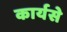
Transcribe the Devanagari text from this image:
कार्यसे